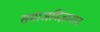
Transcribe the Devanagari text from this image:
समाजविज्ञानात